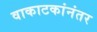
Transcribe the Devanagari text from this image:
वाकाटकांनंतर